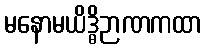
မနောမယိဒ္ဓိဉာဏကထာ